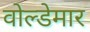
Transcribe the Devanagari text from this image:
वोल्डेमार